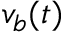
v _ { b } ( t )